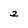
Character: 2